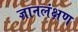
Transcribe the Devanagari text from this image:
ज्ञानलंक्षण